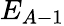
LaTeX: E_{A-1}